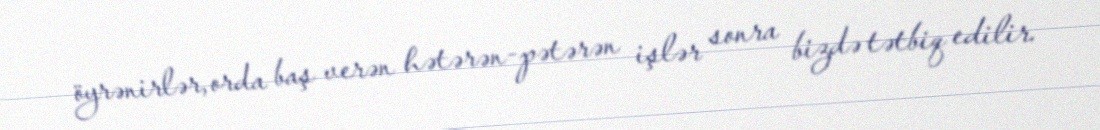
öyrənirlər, orda baş verən hətərən-pətərən işlər sonra bizdə tətbiq edilir.